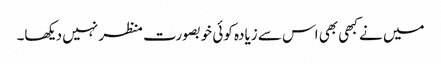
میں نے کبھی بھی اس سے زیادہ کوئی خوبصورت منظر نہیں دیکھا۔